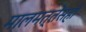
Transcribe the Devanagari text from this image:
मालमत्तेसही